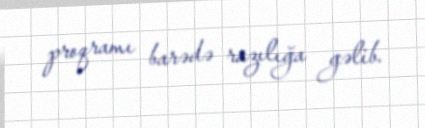
proqramı barədə razılığa gəlib.